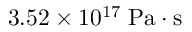
3 . 5 2 \times 1 0 ^ { 1 7 } \; \mathrm { P a \cdot s }